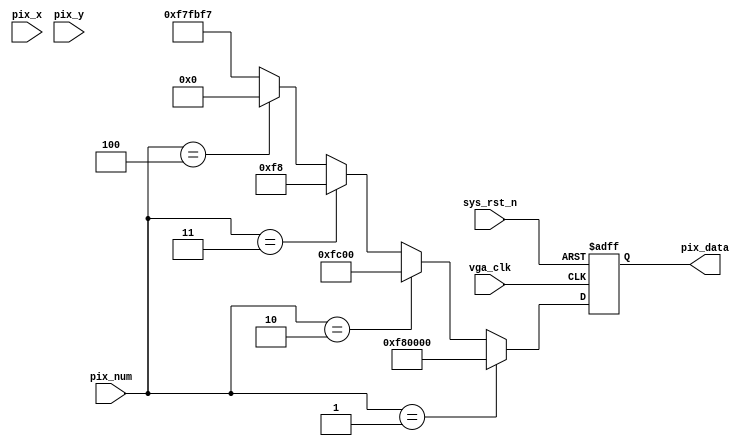
`timescale  1ns/1ns
////////////////////////////////////////////////////////////////////////
// Module Name   : vga_pic
// Project Name  : hdmi_colorbar
// Target Devices: Altera EP4CE10F17C8N
// Tool Versions : Quartus 13.0
// Description   : 
// : _Pro_FPGA
////////////////////////////////////////////////////////////////////////

module  vga_pic
(
    input   wire            vga_clk     ,   //,MHz
    input   wire            sys_rst_n   ,   //,
    input   wire    [11:0]  pix_x       ,   //X
    input   wire    [11:0]  pix_y       ,   //Y
	  input	  wire	  [3:0]	  pix_num     ,	  //pix
    output  reg     [23:0]  pix_data        //
);

//********************************************************************//
//****************** Parameter and Internal Signal *******************//
//********************************************************************//
//parameter define
parameter   H_VALID =   12'd1920 ,   //
            V_VALID =   12'd1080 ;   //
//REDBLUEF8,GREENFC
parameter   RED     =   24'hF80000,   //
            //ORANGE  =   24'hFF9900,   //
            //YELLOW  =   24'hFFFF00,   //
            GREEN   =   24'h00FC00,   //
            //CYAN    =   24'h99CC00,   //
            BLUE    =   24'h0000F8,   //
            //PURPPLE =   24'h990099,   //
            BLACK   =   24'h000000,   //
            WHITE   =   24'hF7FBF7;   //
            //GRAY    =   24'h999966;   //

//********************************************************************//
//***************************** Main Code ****************************//
//********************************************************************//
//pix_data:,
/*
always@(posedge vga_clk or negedge sys_rst_n)
    if(sys_rst_n == 1'b0)
        pix_data    <= 24'd0;
    else    if((pix_x >= 0) && (pix_x < (H_VALID/10)*1))
        pix_data    <=  RED;
    else    if((pix_x >= (H_VALID/10)*1) && (pix_x < (H_VALID/10)*2))
        pix_data    <=  ORANGE;
    else    if((pix_x >= (H_VALID/10)*2) && (pix_x < (H_VALID/10)*3))
        pix_data    <=  YELLOW;
    else    if((pix_x >= (H_VALID/10)*3) && (pix_x < (H_VALID/10)*4))
        pix_data    <=  GREEN;
    else    if((pix_x >= (H_VALID/10)*4) && (pix_x < (H_VALID/10)*5))
        pix_data    <=  CYAN;
    else    if((pix_x >= (H_VALID/10)*5) && (pix_x < (H_VALID/10)*6))
        pix_data    <=  BLUE;
    else    if((pix_x >= (H_VALID/10)*6) && (pix_x < (H_VALID/10)*7))
        pix_data    <=  PURPPLE;
    else    if((pix_x >= (H_VALID/10)*7) && (pix_x < (H_VALID/10)*8))
        pix_data    <=  BLACK;
    else    if((pix_x >= (H_VALID/10)*8) && (pix_x < (H_VALID/10)*9))
        pix_data    <=  WHITE;
    else    if((pix_x >= (H_VALID/10)*9) && (pix_x < H_VALID))
        pix_data    <=  GRAY;
    else
        pix_data    <=  BLACK;
*/
//
always@(posedge vga_clk or negedge sys_rst_n)
	if(sys_rst_n == 1'b0)
      pix_data   <= 24'h000000;
	else	if(pix_num == 4'd1)
		pix_data    <= RED;
	else	if(pix_num == 4'd2)
		pix_data    <= GREEN;
	else	if(pix_num == 4'd3)
		pix_data    <= BLUE;
	else	if(pix_num == 4'd4)
		pix_data    <= BLACK;
	else
		pix_data	  <= WHITE;
endmodule